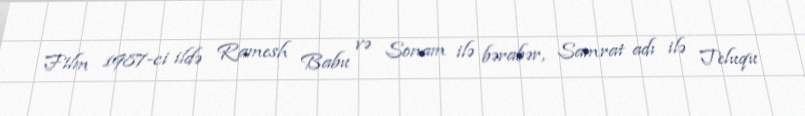
Film 1987-ci ildə Ramesh Babu və Sonam ilə bərabər, Samrat adı ilə Teluqu